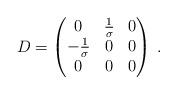
LaTeX: \begin{align*}D=\begin{pmatrix}0 & \frac{1}{\sigma} & 0\\-\frac{1}{\sigma} & 0 & 0\\ 0 & 0 & 0\end{pmatrix}\,.\end{align*}